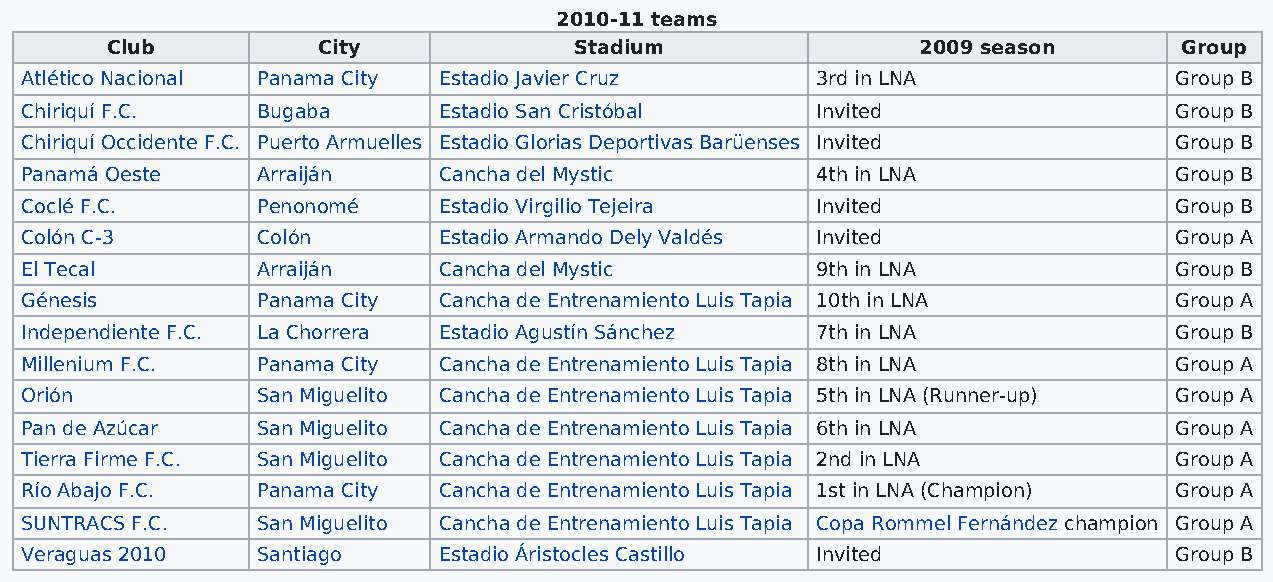
2010-11 teams
 Club          City             Stadium                2009 season      Group
 Atlético Nacional Panama City Estadio Javier Cruz    3rd in LNA              Group B
 Chiriquí F.C.   Bugaba      Estadio San Cristóbal    Invited                 Group B
 Chiriquí Occidente F.C. Puerto Armuelles Estadio Glorias Deportivas Barüenses Invited Group B
 Panamá Oeste    Arraiján    Cancha del Mystic        4th in LNA              Group B
 Coclé F.C.      Penonomé    Estadio Virgilio Tejeira Invited                 Group B
 Colón C-3       Colón       Estadio Armando Dely Valdés Invited              Group A
 El Tecal        Arraiján    Cancha del Mystic        9th in LNA              Group B
 Génesis         Panama City Cancha de Entrenamiento Luis Tapia 10th in LNA   Group A
 Independiente F.C. La Chorrera Estadio Agustín Sánchez 7th in LNA            Group B
 Millenium F.C.  Panama City Cancha de Entrenamiento Luis Tapia 8th in LNA    Group A
 Orión           San Miguelito Cancha de Entrenamiento Luis Tapia 5th in LNA (Runner-up) Group A
 Pan de Azúcar   San Miguelito Cancha de Entrenamiento Luis Tapia 6th in LNA  Group A
 Tierra Firme F.C. San Miguelito Cancha de Entrenamiento Luis Tapia 2nd in LNA Group A
 Río Abajo F.C.  Panama City Cancha de Entrenamiento Luis Tapia 1st in LNA (Champion) Group A
 SUNTRACS F.C.   San Miguelito Cancha de Entrenamiento Luis Tapia Copa Rommel Fernández champion Group A
 Veraguas 2010   Santiago    Estadio Áristocles Castillo Invited              Group B